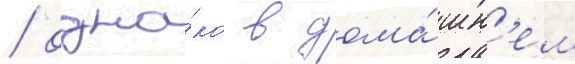
/ одна́ко в дома́шн'ем